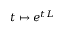
t \mapsto e ^ { t L }